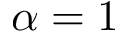
\alpha = 1